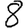
Digit: 8